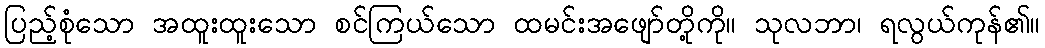
ပြည့်စုံသော အထူးထူးသော စင်ကြယ်သော ထမင်းအဖျော်တို့ကို။ သုလဘာ၊ ရလွယ်ကုန်၏။